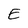
Character: E